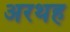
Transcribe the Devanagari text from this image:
अरथह